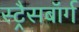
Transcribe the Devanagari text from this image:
स्ट्रैसबॉर्ग